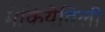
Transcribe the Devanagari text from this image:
मेकियेविली